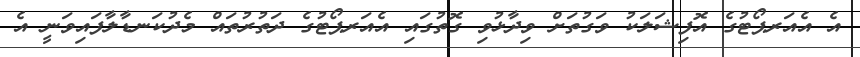
އެ އެއަރޕޯޓުގެ އޮފިޝަލަކު ވަގުތަށް ވިދާޅުވި ގޮތުގައި އެއަރޕޯޓުގެ ދަތުރުތައް މެދުކަނޑާލާފައިވަނީ އެ